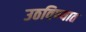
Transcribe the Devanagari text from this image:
उठविण्यात